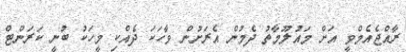
ރާއްޖެއެމްވީ އަށް މައުލޫމާތު ދެމުން އެރަށުން ވާހަކަ ދެއްކި މީހަކު ބުނީ ކަރަންޓް